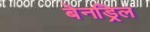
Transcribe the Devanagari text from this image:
बेनड्रिल